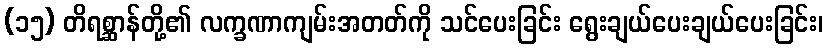
(၁၅) တိရစ္ဆာန်တို့၏ လက္ခဏာကျမ်းအတတ်ကို သင်ပေးခြင်း ရွေးချယ်ပေးချယ်ပေးခြင်း၊